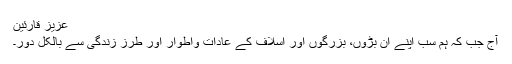
عزیز قارئین
آج جب کہ ہم سب اپنے ان بڑوں، بزرگوں اور اسلاف کے عادات واطوار اور طرز زندگی سے بالکل دور۔